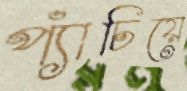
প্যাঁচিয়ে